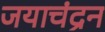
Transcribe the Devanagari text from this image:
जयाचंद्रन